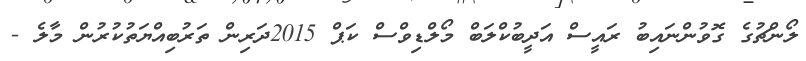
ލޯންޗުގެ ގޮވުންނައިބު ރައީސް އަދީބުކްލަބް މޯލްޑިވްސް ކަޕް 2015ދަރިން ތަރުބިއްޔަތުކުރުން މާލެ -